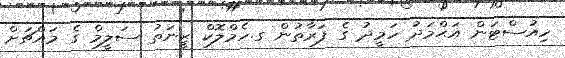
ހިއުސްޓަން އަޙްމަދު ހަމީދު ގެ ފަރާތުން ގ.ހެމްލޮކް ޒީނަތު ސަލީމް ގެ މައްޗަށް